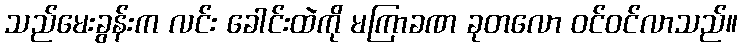
သည်မေးခွန်းက လင်း ခေါင်းထဲကို မကြာခဏ ခုတလော ဝင်ဝင်လာသည်။